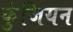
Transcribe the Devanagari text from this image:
कुंजियन